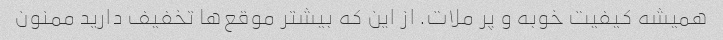
همیشه کیفیت خوبه و پر ملات. از این که بیشتر موقع‌ها تخفیف دارید ممنون